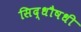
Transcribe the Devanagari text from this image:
सिद्धौषधी